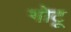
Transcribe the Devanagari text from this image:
गोटू